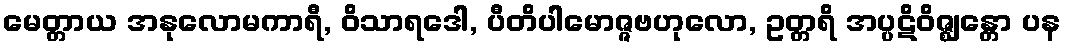
မေတ္တာယ အနုလောမကာရီ, ဝိသာရဒေါ, ပီတိပါမောဇ္ဇဗဟုလော, ဥတ္တရိ အပ္ပဋိဝိဇ္ဈန္တော ပန